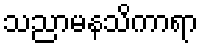
သညာမနသိကာရာ